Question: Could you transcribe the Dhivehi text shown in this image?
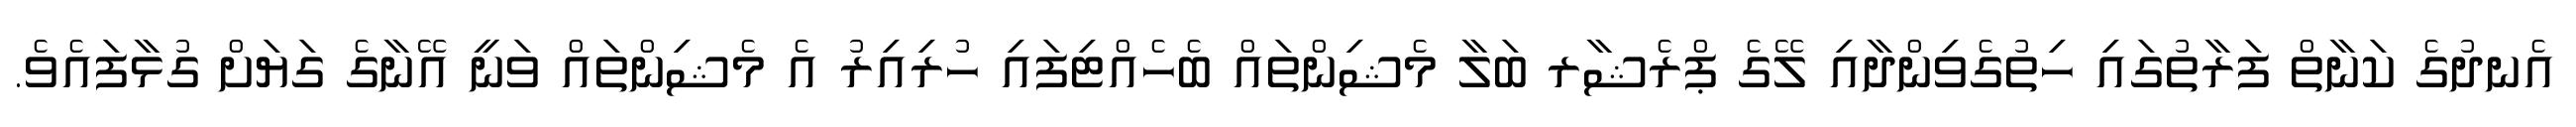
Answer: އެނދުގެ ކަނާތް ފަރާތުގައި ހިތުގެވިންދާއި ލޭގެ ޕްރެޝާރ ބަލާ މެޝިންތައް ބެހެއްޓިފައި ހުރިއިރު އެ މެޝިންތައް ވަނީ އޭނާގެ ގަޔަށް ގުޅާފައެވެ.